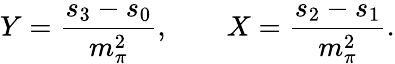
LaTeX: Y={\frac{s_{3}-s_{0}}{m_{\pi}^{2}}},\qquad X={\frac{s_{2}-s_{1}}{m_{\pi}^{2}}}.